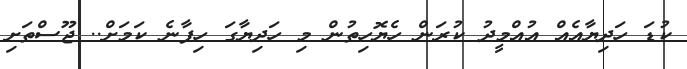
ކުޑަ ހަދިޔާއެއް އުއްމީދު ކުރަން ހެޔޮހިތުން މި ހަދިޔާގަ ހިފާނެ ކަމަށް.. ޖޫސްތަށި